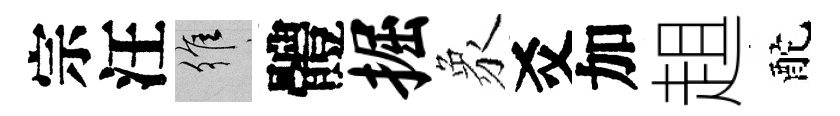
宗汪維體掘象爻加趄酡